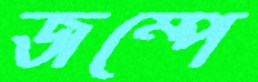
জম্পে